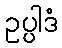
ဥပ္ပါဒံ